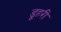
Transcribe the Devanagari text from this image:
डूहरी